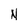
Character: N